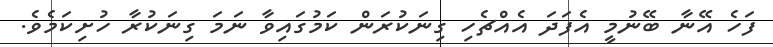
ފަހެ އޭނާ ބޭނުމީ އެފަދަ އެއްޗެހި ގިނަކުރަން ކަމުގައިވާ ނަމަ ގިނަކުރާ ހުށިކަމެވެ.